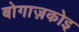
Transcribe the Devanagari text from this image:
बोगाज़कोइ